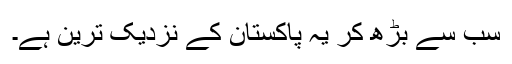
سب سے بڑھ کر یہ پاکستان کے نزدیک ترین ہے۔